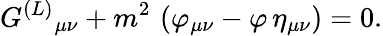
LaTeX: G^{(L)}{}_{\mu\nu}+m^{2}\, \left(\varphi_{\mu\nu}-\varphi\, \eta_{\mu\nu}\right)=0.